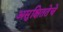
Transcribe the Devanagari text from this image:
असुक्षिततेचे